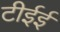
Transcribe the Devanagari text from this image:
टीईई